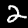
Label: 2